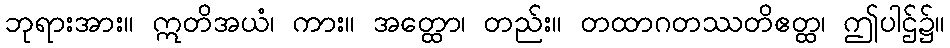
ဘုရားအား။ ဣတိအယံ၊ ကား။ အတ္ထော၊ တည်း။ တထာဂတဿတိဧတ္ထ၊ ဤပါဌ်၌။